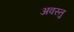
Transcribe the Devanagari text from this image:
अवस्तु